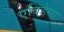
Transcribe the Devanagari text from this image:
एविडेंसा